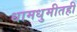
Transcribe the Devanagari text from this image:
धामधुमीतही